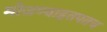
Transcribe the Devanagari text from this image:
मोजण्याइतपतच